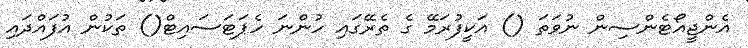
އެންޖީއޯޓެންސިން ނުވަތަ () އަކީފުރަމޭ ގެ ތެރޭގައި ހުންނަ ހެޕަޓަސައިޓް() ތަކުން އުފައްދައި